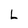
Character: L